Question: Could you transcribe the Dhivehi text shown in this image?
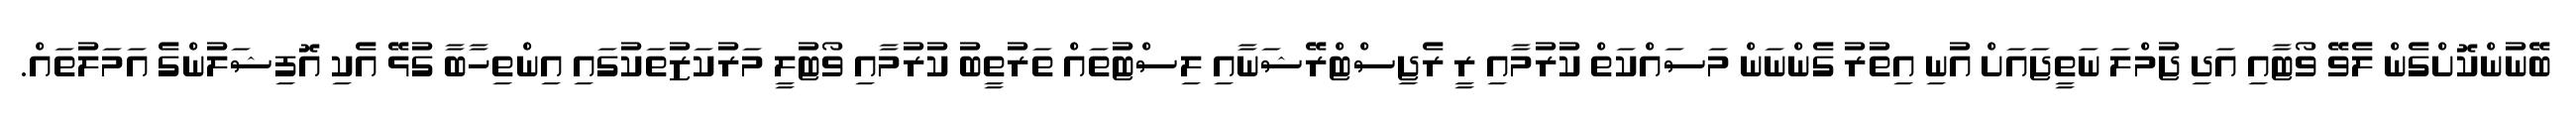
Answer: ބޭނުންކޮށްގެން ލެވޭ ވޯޓާއި އަދި ޖުމްލަ ނަތީޖައަށް އުނި އިތުރު ގެންނަން މަސައްކަތް ކުރުމާއި ރީ ރެޖިސްޓްރޭޝަނާއި ލިސްޓުތައް ތަރުތީބު ކުރުމާއި ވޯޓުލީ މަރުކަޒުތަކުގައި އިންތިހާބާ ގުޅޭ އެކި އޮފިޝަލުންގެ އަމަލުތައް.